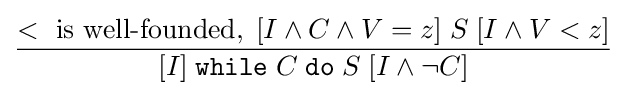
{\frac {<{\text{ is well-founded}},\;[I\land C\land V=z]\;S\;[I\land V<z]}{[I]\;{\mathtt {while}}\;C\;{\mathtt {do}}\;S\;[I\land \lnot C]}}